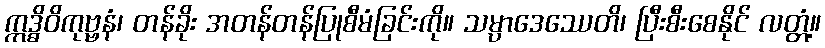
ဣဒ္ဓိဝိကုဗ္ဗနံ၊ တန်ခိုး အတန်တန်ပြုစီမံခြင်းကို။ သမ္ပာဒေဿေတိ၊ ပြီးစီးစေနိုင် လတ္တံ့။